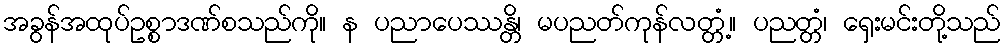
အခွန်အထုပ်ဥစ္စာဒဏ်စသည်ကို။ န ပညာပေဿန္တိ၊ မပညတ်ကုန်လတ္တံ့။ ပညတ္တံ၊ ရှေးမင်းတို့သည်